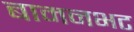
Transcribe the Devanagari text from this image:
बामनभट